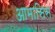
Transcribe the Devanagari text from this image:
आमासिस